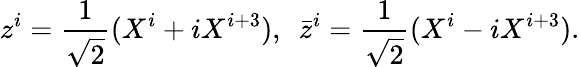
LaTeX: z^{i}=\frac{1}{\sqrt{2}}(X^{i}+iX^{i+3}),~~\bar{z}^{i}=\frac{1}{\sqrt{2}}(X^{i}-iX^{i+3}).